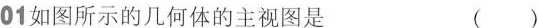
01如图所示的几何体的主视图是 ()